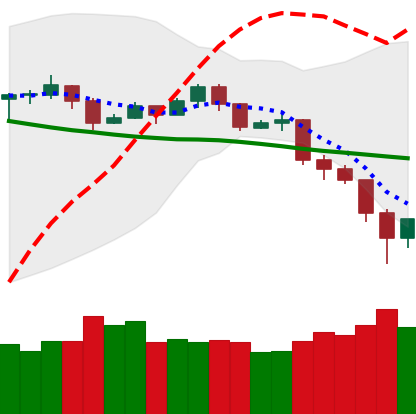
Ticker: TRX-USD
Chart end date: 2019-11-23
Forward return: 4.598%
Label: up_3_5